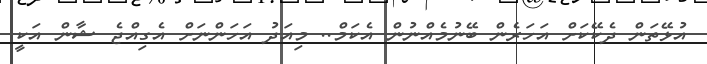
އުޅޭތަން ދެކޭކަށް އަހަރެން ބޭނުމެއްނުން އެކަމް.. މިއަދު އަހަންނަށް އެގިއްޖެ ޝާން އަކީ